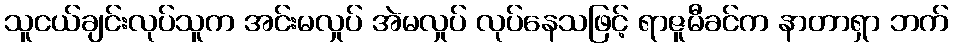
သူငယ်ချင်းလုပ်သူက အင်းမလှုပ် အဲမလှုပ် လုပ်နေသဖြင့် ရာဇူမီခင်က နာတာရှာ ဘက်